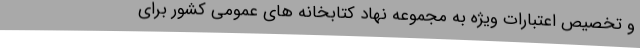
و تخصیص اعتبارات ویژه به مجموعه نهاد کتابخانه های عمومی کشور برای